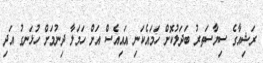
ރަޝިއާގެ ސިޔާސަތރު ބަދަލުކޮށް ހަމައެކަނި އައިއެސް އަށް ހަމަލާ ދިނުމަށް ހުޅަނގު އަދި